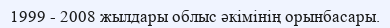
1999 - 2008 жылдары облыс әкімінің орынбасары.